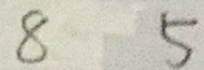
8 5